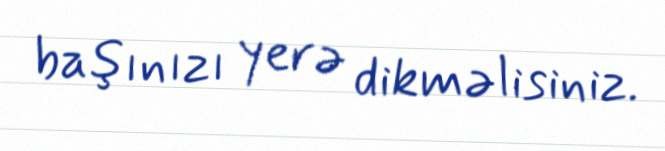
başınızı yerə dikməlisiniz.